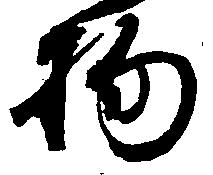
物